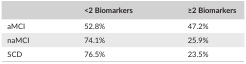
<table><thead><tr><td></td><td><b>&lt;2 Biomarkers</b></td><td><b>≥2 Biomarkers</b></td></tr></thead><tbody><tr><td>aMCI</td><td>52.8%</td><td>47.2%</td></tr><tr><td>naMCI</td><td>74.1%</td><td>25.9%</td></tr><tr><td>SCD</td><td>76.5%</td><td>23.5%</td></tr></tbody></table>